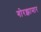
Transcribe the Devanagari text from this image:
गोरझामार